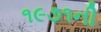
૧૯૭૧ની